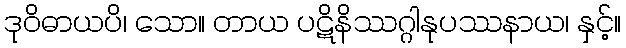
ဒုဝိဓာယပိ၊ သော။ တာယ ပဋိနိဿဂ္ဂါနုပဿနာယ၊ နှင့်။